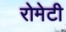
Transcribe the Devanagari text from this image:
रोमेटी